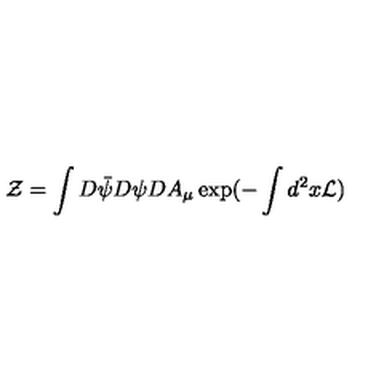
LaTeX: { \cal Z } = \int D \bar { \psi } D \psi D A _ { \mu } \exp ( - \int d ^ { 2 } x { \cal L } )